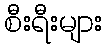
စီးရီးများ